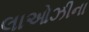
લાઓઝીના